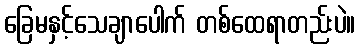
ခြေမနှင့်သေချာပေါက် တစ်ထေရာတည်းပဲ။